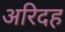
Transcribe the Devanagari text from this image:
अरिदह